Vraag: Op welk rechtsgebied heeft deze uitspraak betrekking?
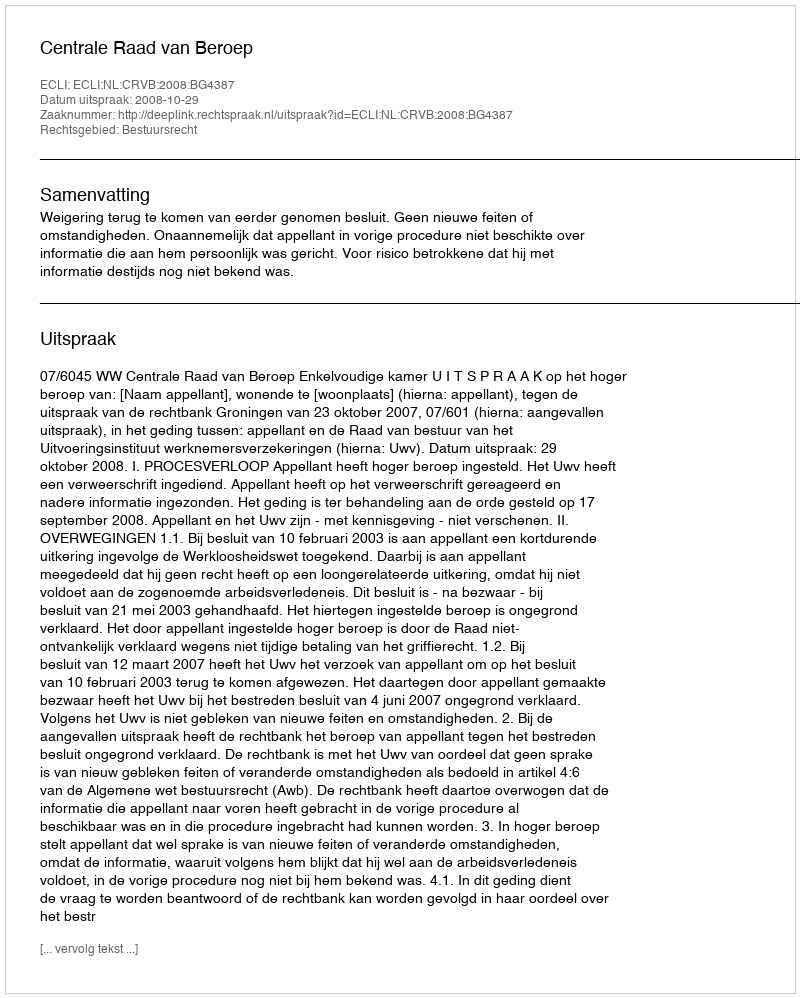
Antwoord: Bestuursrecht